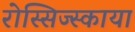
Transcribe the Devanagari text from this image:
रोस्सिज्स्काया